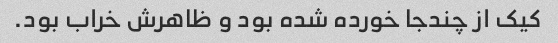
کیک از چندجا خورده شده بود و ظاهرش خراب بود.